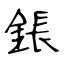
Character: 鋹